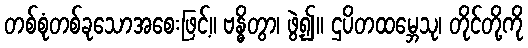
တစ်စုံတစ်ခုသောအစေးဖြင့်။ ဗန္ဓိတွာ၊ ဖွဲ့၍။ ဌပိတထမ္ဘေသု၊ တိုင်တို့ကို